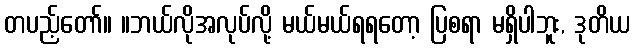
တပည့်တော်။ ။ဘယ်လိုအလုပ်လို့ မယ်မယ်ရရတော့ ပြစရာ မရှိပါဘူး, ဒုတိယ